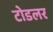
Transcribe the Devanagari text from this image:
टोडलर